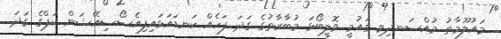
މައުލޫމާތު މުއްސަނދިވި ގައުމީ ވޮލީބޯޅަ މުބާރާތުގެ ގަދަ ފަހެއް ކަނޑައަޅައިފިއެސޯސިއޭޝަން ކަޕްގެ ގަދަ